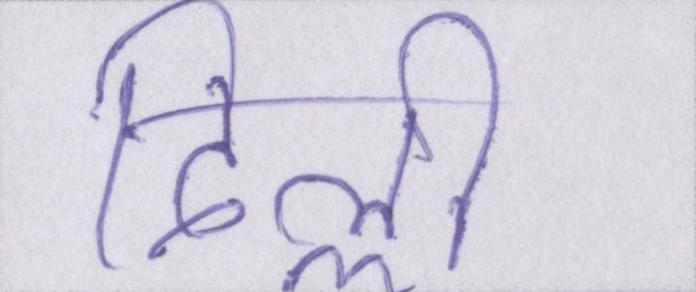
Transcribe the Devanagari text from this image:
दिल्ली